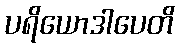
ပရိယောဒါပေတိ